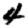
Digit: 4